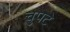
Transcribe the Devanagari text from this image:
चुपटे